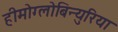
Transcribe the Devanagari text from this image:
हीमोग्लोबिन्युरिया